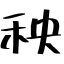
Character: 秧